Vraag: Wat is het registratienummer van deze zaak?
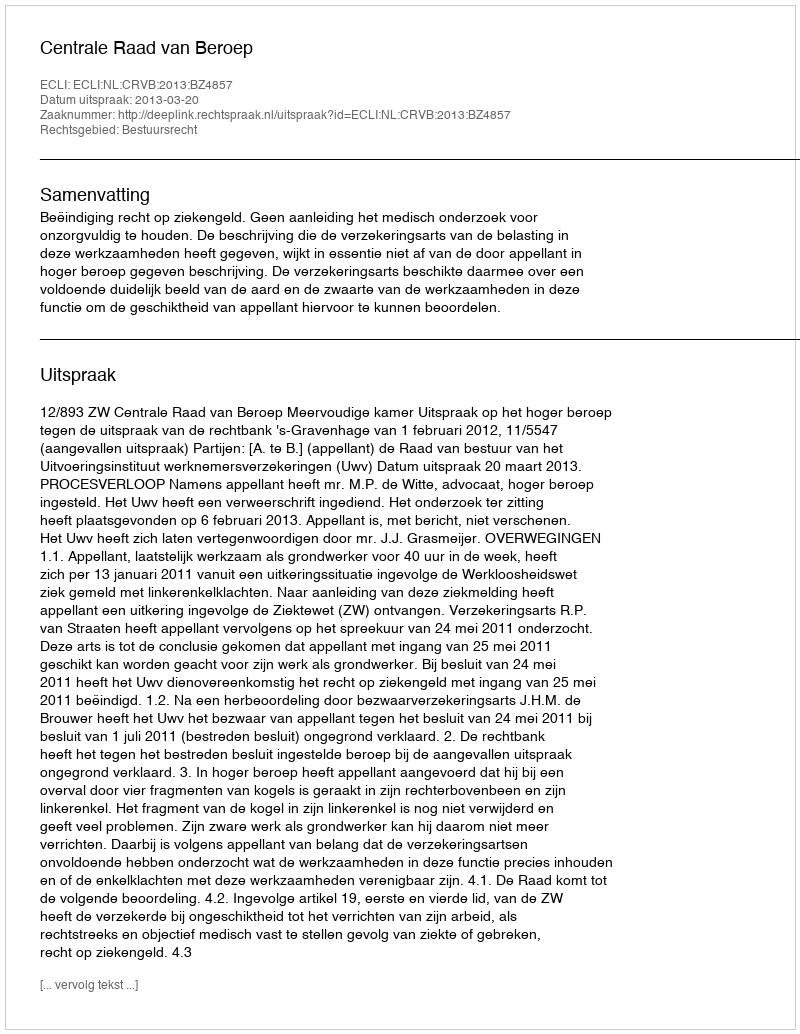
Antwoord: http://deeplink.rechtspraak.nl/uitspraak?id=ECLI:NL:CRVB:2013:BZ4857